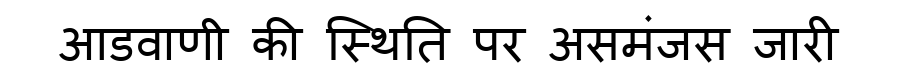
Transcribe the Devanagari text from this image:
आडवाणी की स्थिति पर असमंजस जारी